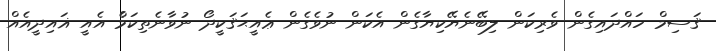
ޤަސިމް ހައްދައިގެން ވެރިކަން ލިބޭނެޔޭކިޔާގެން އެކަން ނުވެގެން ޢެއީޙަޤަކީދޯ ނުވާނެތިކަމެެް އެއީ ޣައިދީއެއް